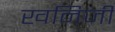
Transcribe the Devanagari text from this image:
खनिजी